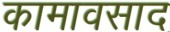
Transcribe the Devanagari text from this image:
कामावसाद